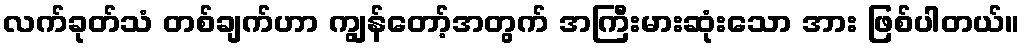
လက်ခုတ်သံ တစ်ချက်ဟာ ကျွန်တော့်အတွက် အကြီးမားဆုံးသော အား ဖြစ်ပါတယ်။